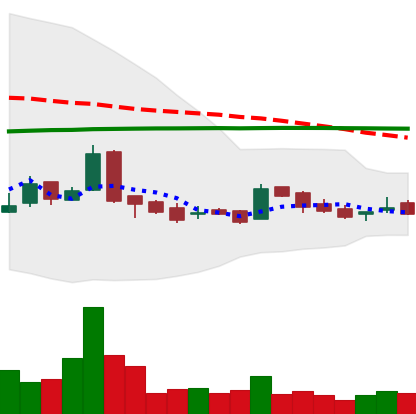
Ticker: LTC-USD
Chart end date: 2016-02-11
Forward return: 4.337%
Label: up_3_5